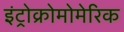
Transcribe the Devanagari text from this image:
इंट्रोक्रोमोमेरिक